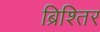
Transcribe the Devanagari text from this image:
ब्रिश्तिर